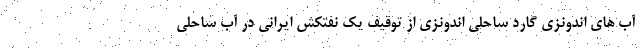
آب های اندونزی گارد ساحلی اندونزی از توقیف یک نفتکش ایرانی در آب ساحلی